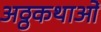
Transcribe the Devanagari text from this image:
अठ्ठकथाओं